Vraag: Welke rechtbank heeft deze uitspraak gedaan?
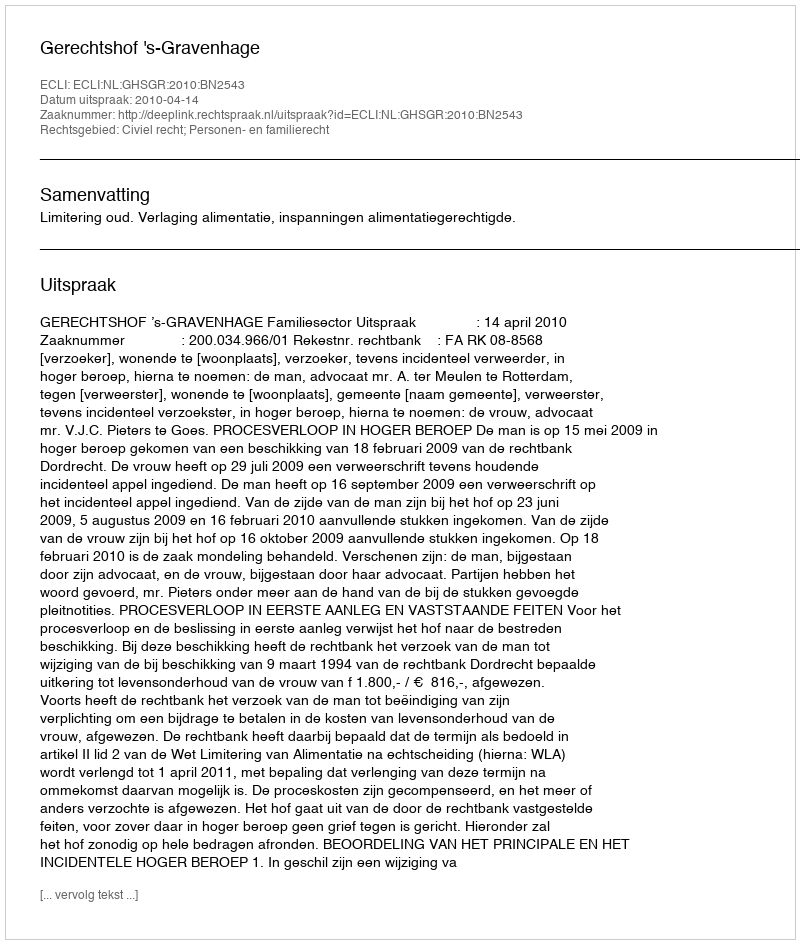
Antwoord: Gerechtshof 's-Gravenhage